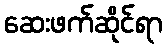
ဆေးဖက်ဆိုင်ရာ